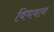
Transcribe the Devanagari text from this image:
विधवान